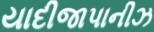
યાદીજાપાનીઝ